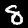
Label: 8